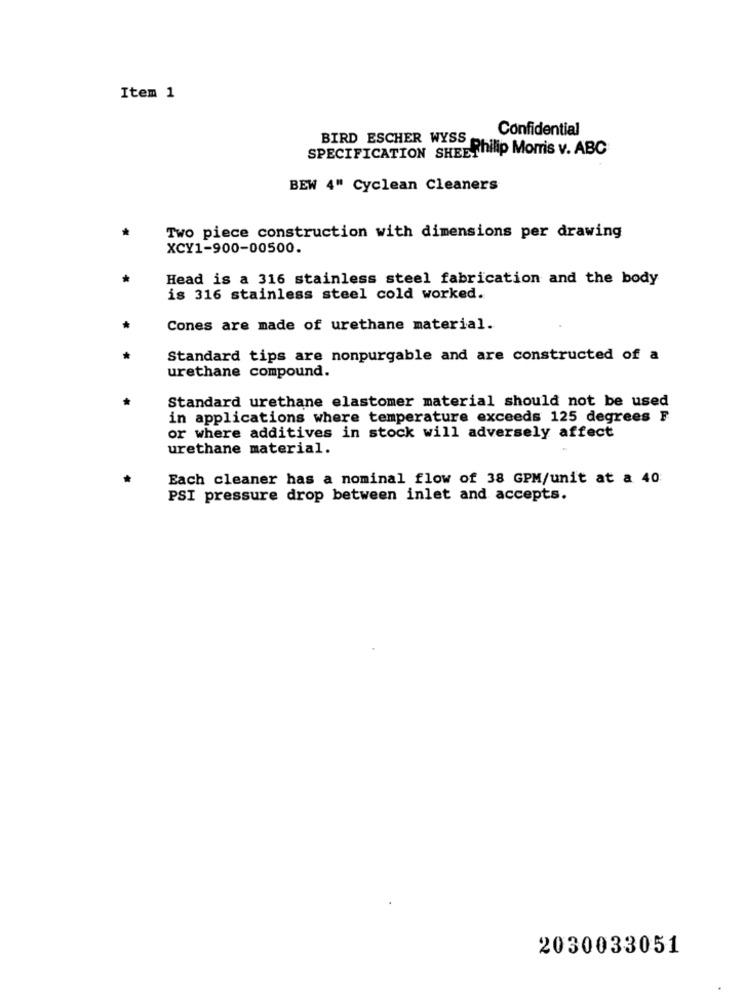
Item 1
Confidential
BIRD ESCHER WYSS
SPECIFICATION SHEEPhilip Morris v. ABC
BEW 4" Cyclean Cleaners
Two piece construction with dimensions per drawing
XCY1-900-00500.
Head is a 316 stainless steel fabrication and the body
is 316 stainless steel cold worked.
Cones are made of urethane material.
Standard tips are nonpurgable and are constructed of a
urethane compound.
Standard urethane elastomer material should not be used
in applications where temperature exceeds 125 degrees F
or where additives in stock will adversely affect
urethane material.
Each cleaner has a nominal flow of 38 GPM/unit at a 40
PSI pressure drop between inlet and accepts.
2030033051